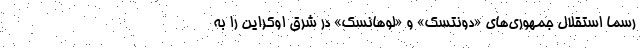
رسماً استقلال جمهوری‌های «دونتسک» و «لوهانسک» در شرق اوکراین را به